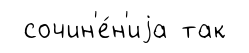
сочин'е́н'иjа так